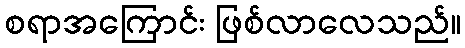
စရာအကြောင်း ဖြစ်လာလေသည်။